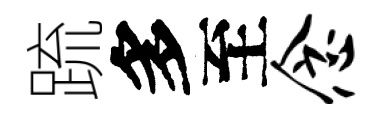
䟽多至念